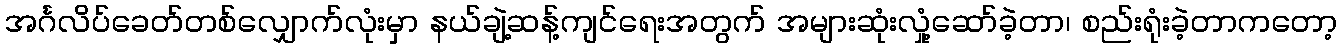
အင်္ဂလိပ်ခေတ်တစ်လျှောက်လုံးမှာ နယ်ချဲ့ဆန့်ကျင်ရေးအတွက် အများဆုံးလှုံ့ဆော်ခဲ့တာ၊ စည်းရုံးခဲ့တာကတော့